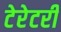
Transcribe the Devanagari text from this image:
टेरेटरी